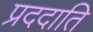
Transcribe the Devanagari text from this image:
प्रददाति